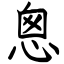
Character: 悤